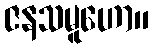
ဇနသမူဟော။